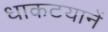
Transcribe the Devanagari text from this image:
धाकटयानें